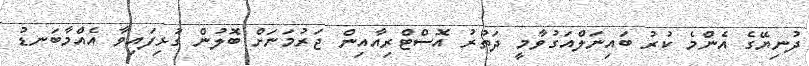
ދުނިޔޭގެ އެންމެ ކުރު ބައިނަލްއަގުވާމީ ދަތުރު އޮސްޓްރިއާއިން ޖަރުމަނަށް ބޮލުން ގުޅިފައިވާ އެއްމާބަނޑު